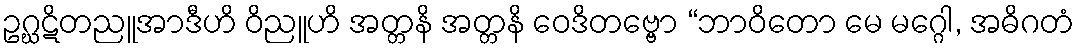
ဥဂ္ဃဋိတညူအာဒီဟိ ဝိညူဟိ အတ္တနိ အတ္တနိ ဝေဒိတဗ္ဗော “ဘာဝိတော မေ မဂ္ဂေါ, အဓိဂတံ